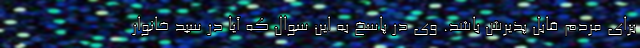
برای مردم قابل پذیرش باشد. وی در پاسخ به این سوال که آیا در سبد خانوار